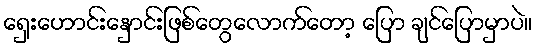
ရှေးဟောင်းနှောင်းဖြစ်တွေလောက်တော့ ပြော ချင်ပြောမှာပဲ။